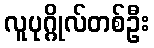
လူပုဂ္ဂိုလ်တစ်ဦး